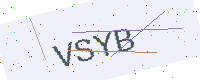
Text: VSYB